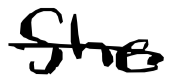
Text: She
Cross-out: single-line
Writing tool: digital_black